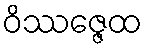
ဝိဿဇ္ဇေထ